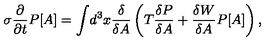
\sigma \frac { \partial } { \partial t } P [ A ] = \int \! d ^ { 3 } x \frac { \delta } { \delta A } \left( T \frac { \delta P } { \delta A } + \frac { \delta W } { \delta A } P [ A ] \right) ,